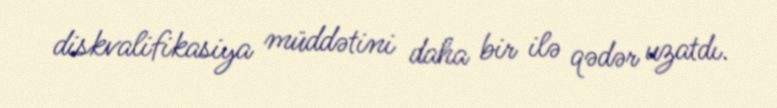
diskvalifikasiya müddətini daha bir ilə qədər uzatdı.